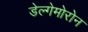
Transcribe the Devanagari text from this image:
डेल्गेमोरोन